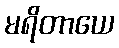
မရိတာယေ